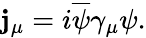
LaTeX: \mathbf{j}_{\mu}=i\overline{{{{\psi}}}}\gamma_{\mu}\psi.